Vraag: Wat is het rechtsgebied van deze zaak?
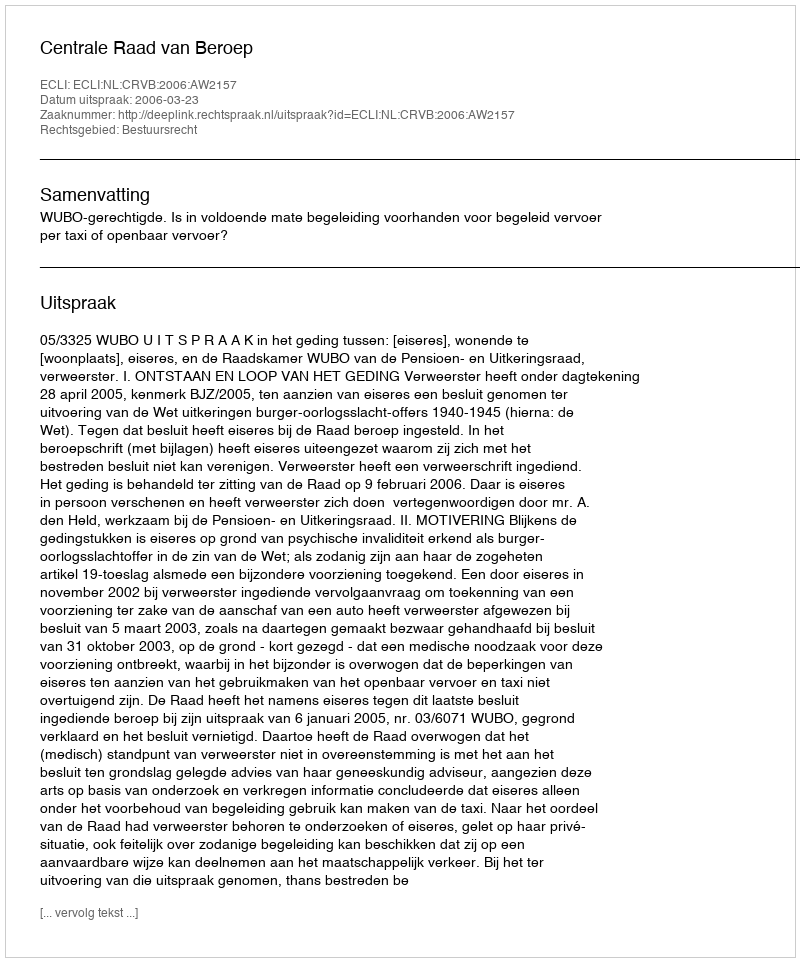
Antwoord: Bestuursrecht